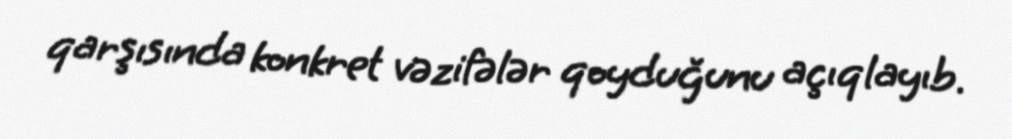
qarşısında konkret vəzifələr qoyduğunu açıqlayıb.